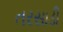
તરસાડી